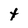
Character: t